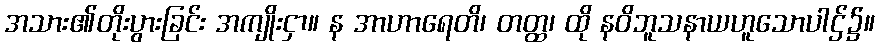
အသား၏တိုးပွားခြင်း အကျိုးငှာ။ န အာဟာရေတိ၊ တတ္ထ၊ ထို နဝိဘူသနာယဟူသောပါဌ်၌။